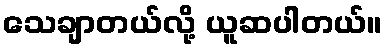
သေချာတယ်လို့ ယူဆပါတယ်။